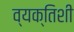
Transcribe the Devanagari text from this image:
व्यक्तिशी